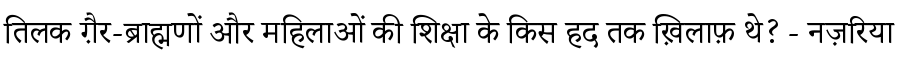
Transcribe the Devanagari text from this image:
तिलक ग़ैर-ब्राह्मणों और महिलाओं की शिक्षा के किस हद तक ख़िलाफ़ थे? - नज़रिया